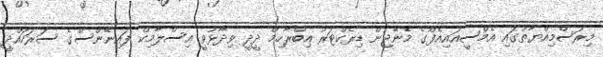
މިރަސްމިއްޔާތުގައި އެމްސީއައިއެފްގެ މެނޭޖިން ޑިރެކްޓަރު އިބްރާހިމް ދީދީ ވިދާޅުވީ އިސްލާމިކް ފައިނޭންސްގެ ސަރަހައްދީ